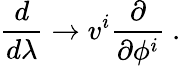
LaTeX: \frac{d}{d\lambda}\rightarrow v^{i}\frac{\partial}{\partial\phi^{i}}~.